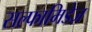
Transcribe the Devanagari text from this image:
सल्फामिडेज़